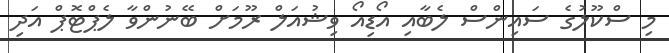
މި ސްކޫލުގެ ސައިންސް ލެބާއި އޯޑިއޯ ވިޝުއަލް ރޫމަށް ބޭނުންވާ ލެޕްޓޮޕް އަދި